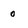
Character: 0